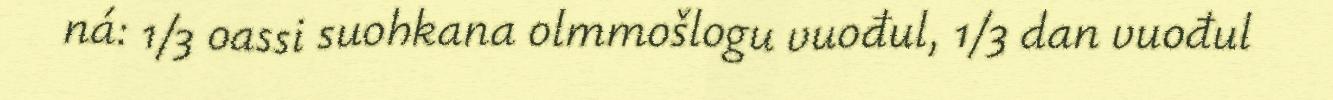
ná: 1/3 oassi suohkana olmmošlogu vuođul, 1/3 dan vuođul